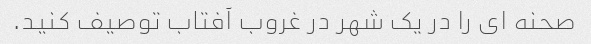
صحنه ای را در یک شهر در غروب آفتاب توصیف کنید.